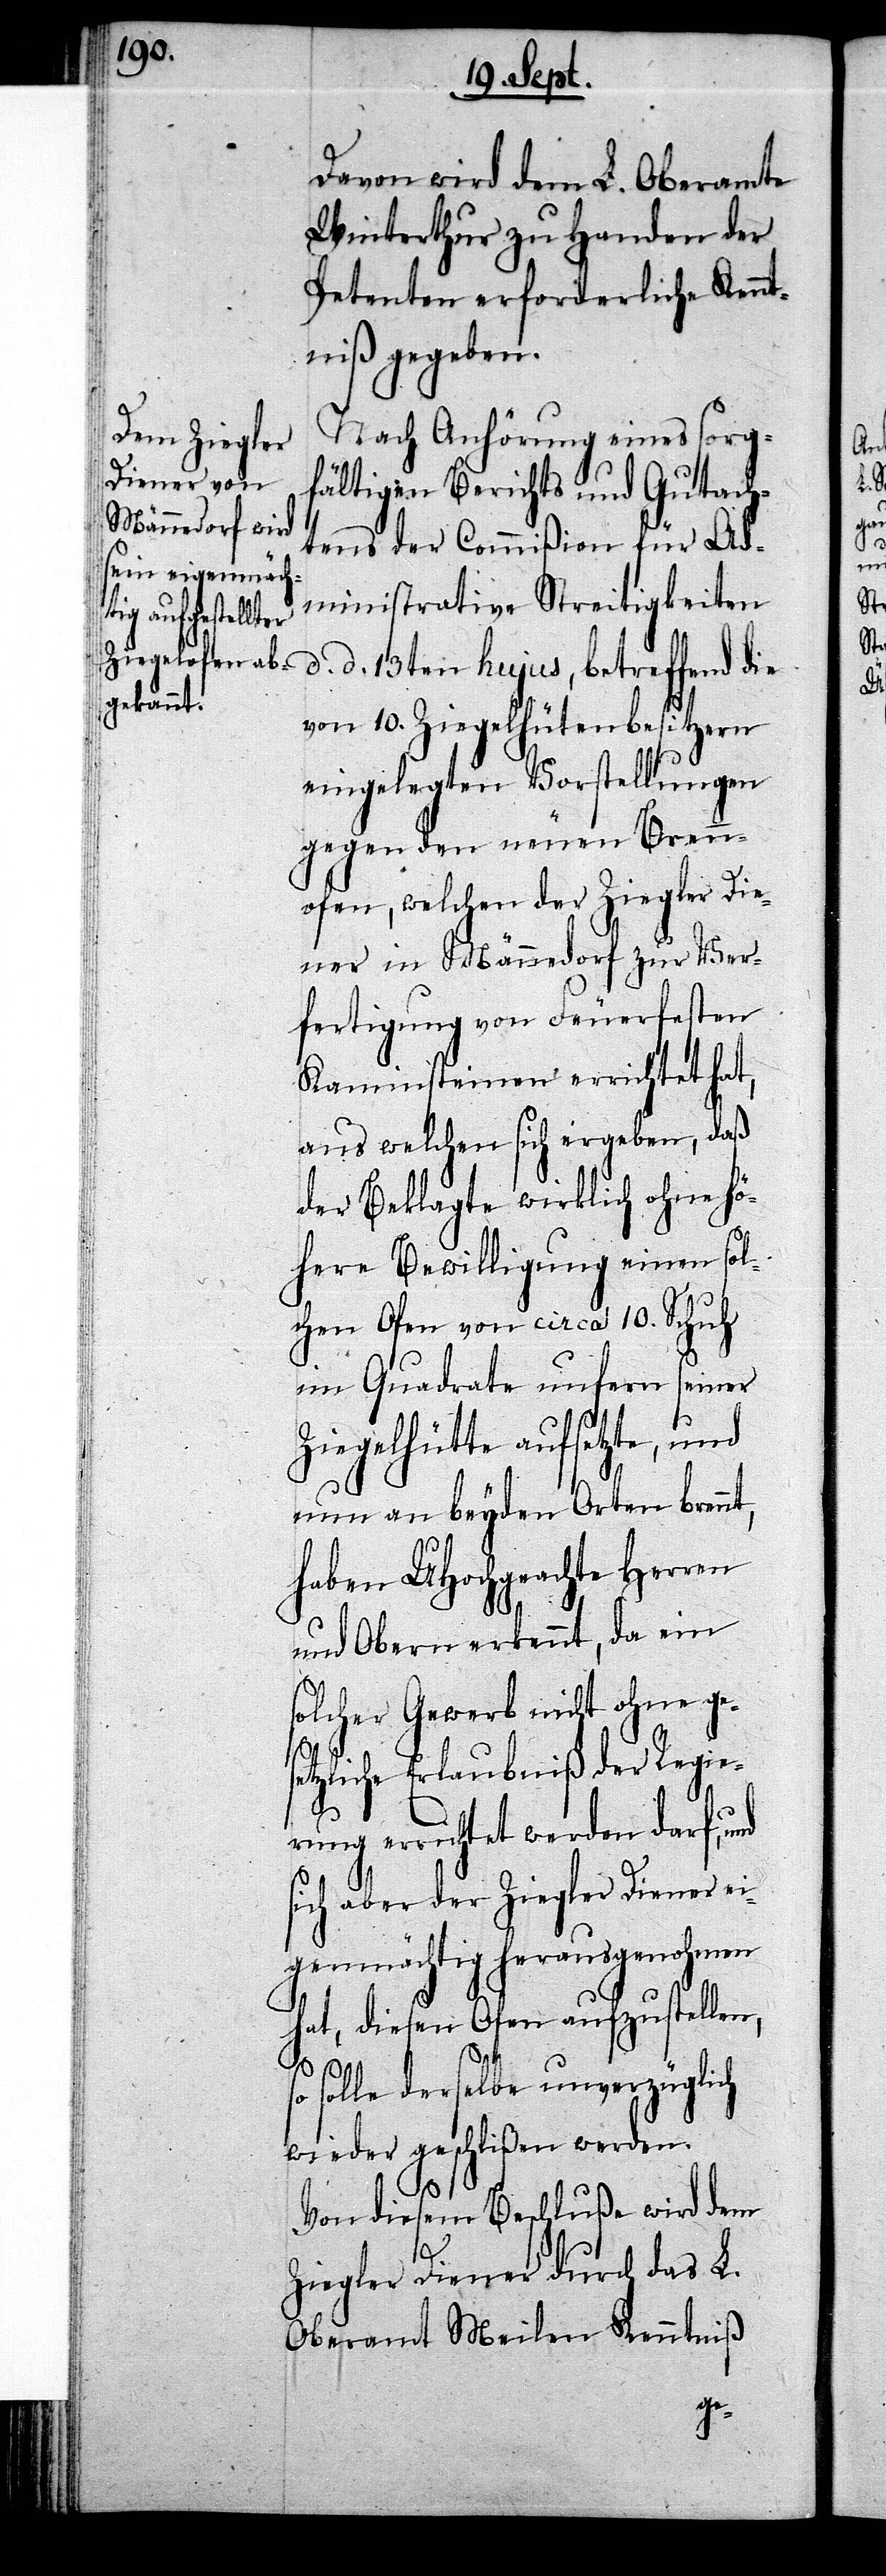
Davon wird dem L. Oberamte
Winterthur zu Handen der
Petenten erforderliche Kennt¬
niß gegeben.
Nach Anhörung eines sorg¬
fältigen Berichts und Gutach¬
tens der Commißion für Ad¬
ministrative Streitigkeiten
d. d. 13ten hujus, betreffend die
von 10. Ziegelhütenbesitzern
eingelegten Vorstellungen
gegen den neuen Brenn¬
ofen, welchen der Ziegler Die¬
ner in Männedorf zur Ver¬
fertigung von Feuerfesten
Kaminsteinen errichtet hat,
aus welchen sich ergeben, daß
der Beklagte wirklich ohne hö¬
here Bewilligung einen sol¬
chen Ofen von circa 10. Schuh
im Quadrate unfern seiner
Ziegelhütte aufsetzte, und
nun an beyden Orten brennt,
haben UHochgeachte Herren
und Obern erkennt, da ein
solcher Gewerb nicht ohne ge¬
setzliche Erlaubniß der Regie¬
rung errichtet werden darf, und
sich aber der Ziegler Diener ei¬
genmächtig herausgenohmen
hat, diesen Ofen aufzustellen,
s¬
o solle derselbe unverzüglich
wieder geschlißen werden.
Von diesem Beschluße wird dem
Ziegler Diener durch das L.
Oberamt Meilen Kenntniß